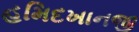
હમિદખાનજી